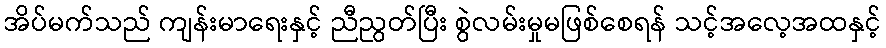
အိပ်မက်သည် ကျန်းမာရေးနှင့် ညီညွတ်ပြီး စွဲလမ်းမှုမဖြစ်စေရန် သင့်အလေ့အထနှင့်